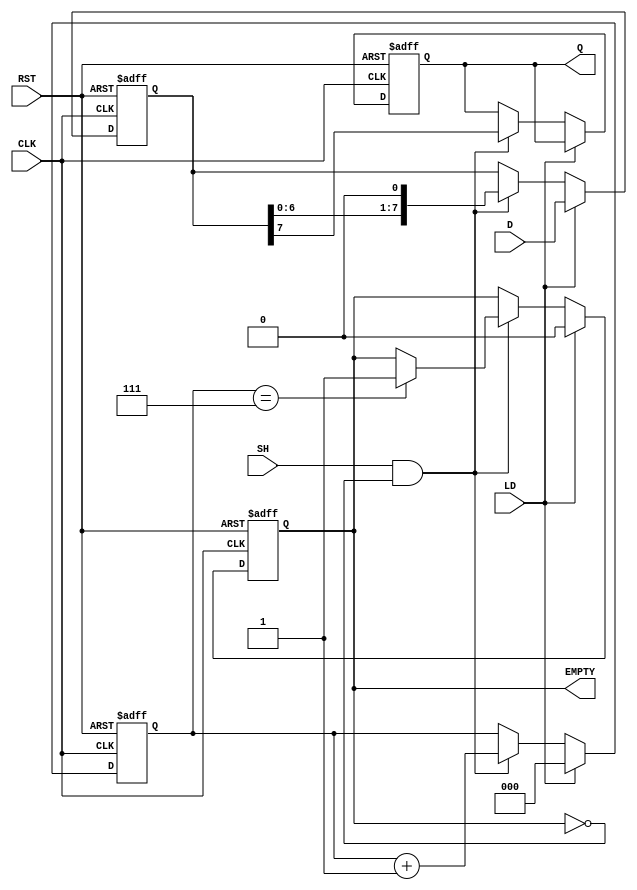
module PISO_Register (
    input wire [7:0] D,       // 8 parallel data inputs
    input wire LD,            // Load control signal
    input wire SH,            // Shift control signal
    input wire CLK,           // Clock signal
    input wire RST,           // Asynchronous reset signal
    output reg Q,             // Serial output
    output reg EMPTY          // Empty flag
);

    reg [7:0] REG;            // 8-bit storage register
    reg [2:0] count;          // 3-bit shift counter

    always @(posedge CLK or posedge RST) begin
        if (RST) begin
            REG <= 8'b0;      // Clear the register
            count <= 3'b0;    // Reset the shift counter
            Q <= 1'b0;        // Clear serial output
            EMPTY <= 1'b1;    // Register is empty
        end else begin
            if (LD) begin
                REG <= D;      // Load data into the register
                count <= 3'b0; // Reset the counter on load
                EMPTY <= 1'b0; // Register is not empty after loading
            end else if (SH && !EMPTY) begin
                Q <= REG[7];   // Shift out the MSB
                REG <= {REG[6:0], 1'b0}; // Shift left
                count <= count + 1; // Increment shift counter

                // Check if all bits have been shifted out
                if (count == 3'b111) begin
                    EMPTY <= 1'b1; // Set empty flag when done
                end
            end
        end
    end

endmodule